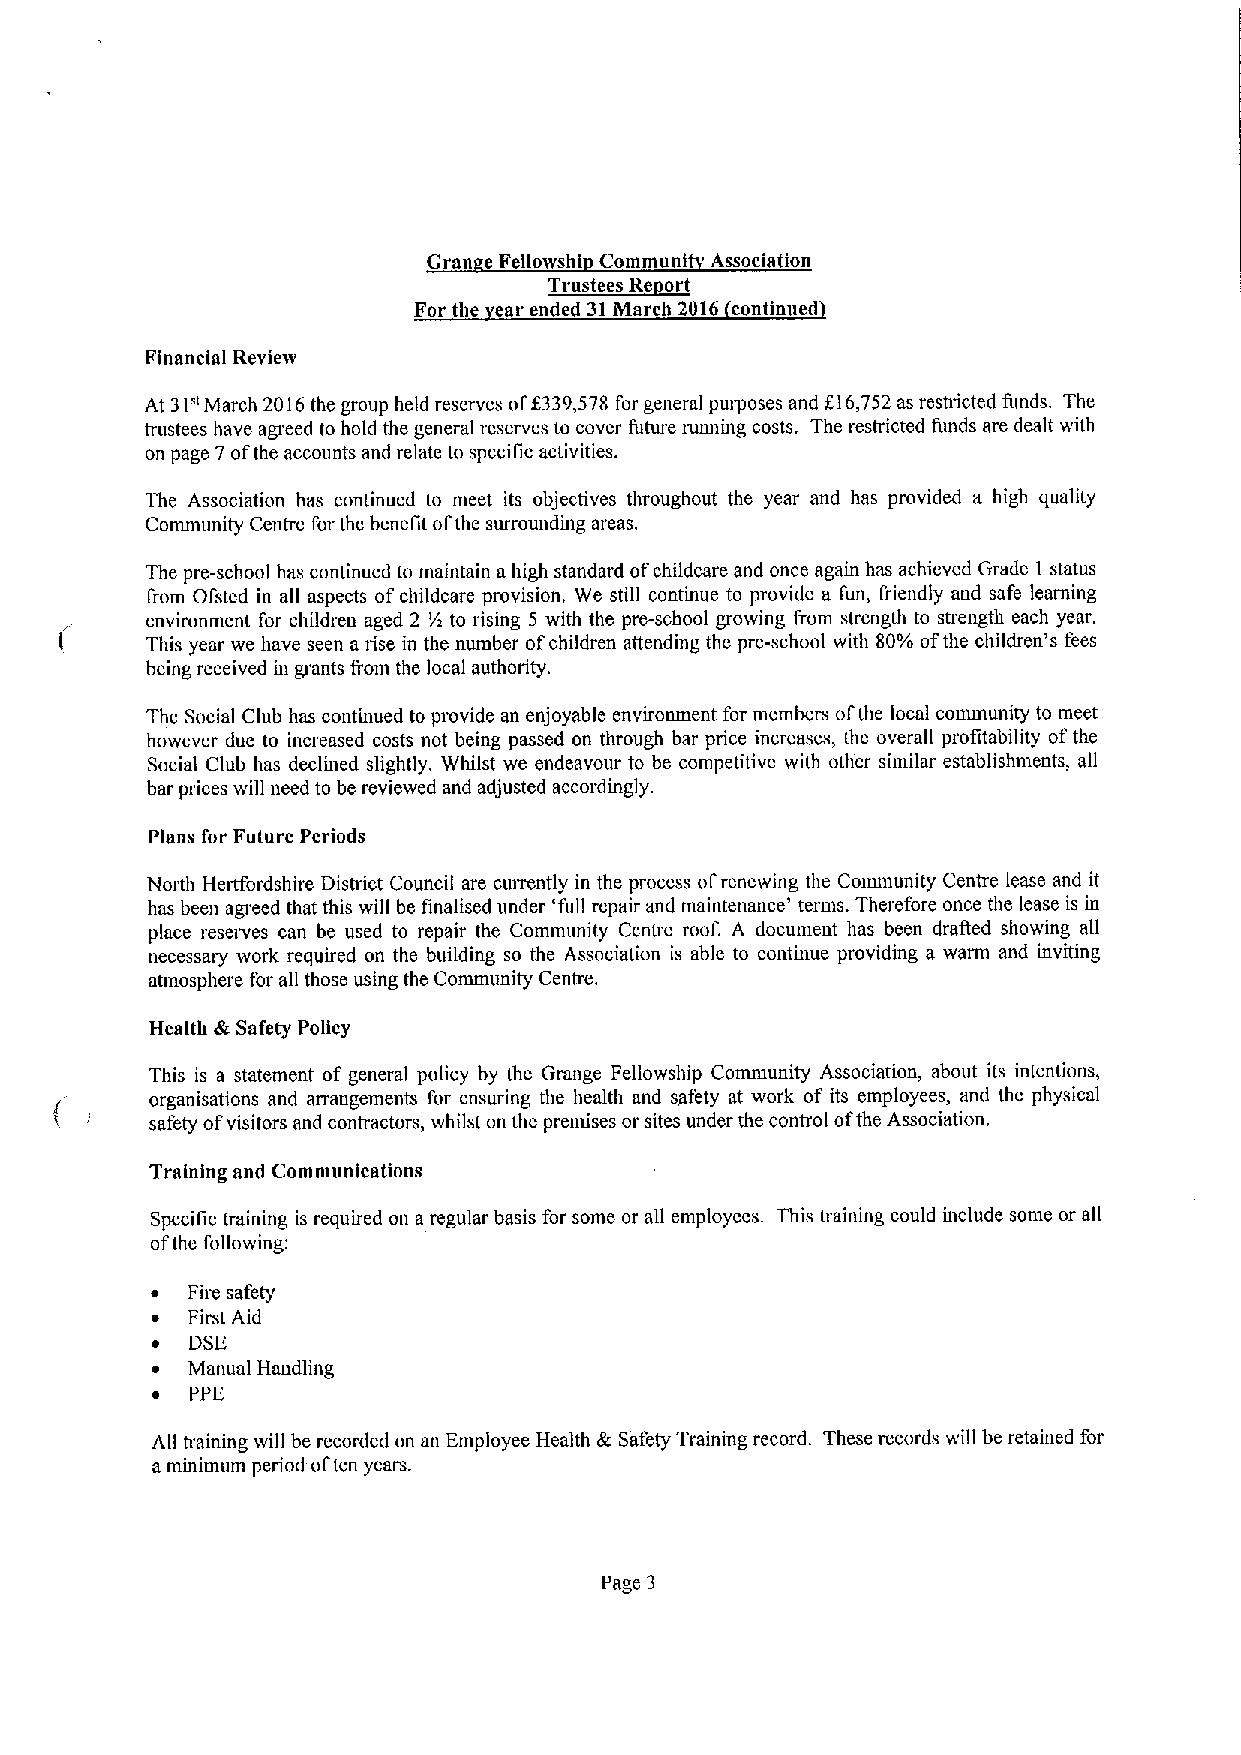
Gran e FetlowTshi~tCRommuni Association
 t
 For tbe ear ended 31March 2016 continued
 Financial Review
 At 31" March 2016the group held reserves of$339,578 for general purposes and f16,752 as restricted funds, The
 trustees have agreed to hold the general reserves to cover future running costs. The restricted funds are dealt with
 on page 7ofthe accounts and relate to specific activities.
 The Association has continued to meet its objectives throughout the year and has provided a high quality
 Community Centre for the benefit ofthe surrounding areas.
 The pre-school has continued to maintain ahigh standard ofchildcare and once again has achieved Grade 1 status
 trom Ofsted in all aspects ofchildcare provision, We still continue to provide a fun, friendly and safe learning
 environment for children aged 2 '/R to rising 5 with the pre-school growing from strength to strength each year.
 This year we have seen a rise in the number ofchildren attending the pre-school with 80'/R ofthe children's fees
 being received in grants from the local authority.
 The Social Club has continued to provide an enjoyable environment for members ofthe local community to meet
 however due to increased costs not being passed on through bar price increases, the overall profitability ofthe
 Social Club has declined slightly. Whilst we endeavour to be competitive with other similar establishments, all
 bar prices will need to be reviewed and adjusted accordingly.
 Plans for Future Periods
 North Hettfordshire District Council are cutrently in the process ofrenewing the Community Centre lease and it
 has been agreed that this will be finalised under 'full repair and maintenance' terms. Therefore once the lease is in
 place reserves can be used to repair the Community Centre roof. A document has been draAed showing all
 necessary work required on the building so the Association is able to continue providing a warm and inviting
 atmosphere for all those using the Conununity Centre,
 Health &Safety Policy
 This is a statement of general policy by the Grange Fellowship Community Association, about its intentions,
 organisations and arrangements for ensuring the health and spfety at work of its employees, and the physical
 safety ofvisitors and contractors, whilst on the premises or sites under the control ofthe Association,
 Training and Communications
 Specific training is required on a regular basis for some or all employees. This training could include some or all
 ofthe following:
 ~ Fire safety
 ~ First Aid
 ~ DSE
 ~ Manual Handhng
 ~  PPE
 All training will be recorded on an Employee Health &Safety Training record. These records will be retained for
 aminimum period often years.
 Page 3